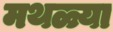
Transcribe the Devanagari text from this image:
मथळ्या